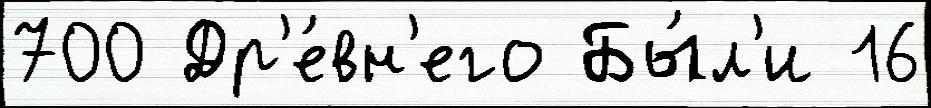
700 Др'е́вн'его Бы́л'и 16